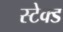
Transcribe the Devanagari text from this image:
स्टेक्ड